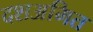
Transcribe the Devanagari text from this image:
दशअमित